Serum-therapy of plague in India - Number 20
Disease focus: Plague
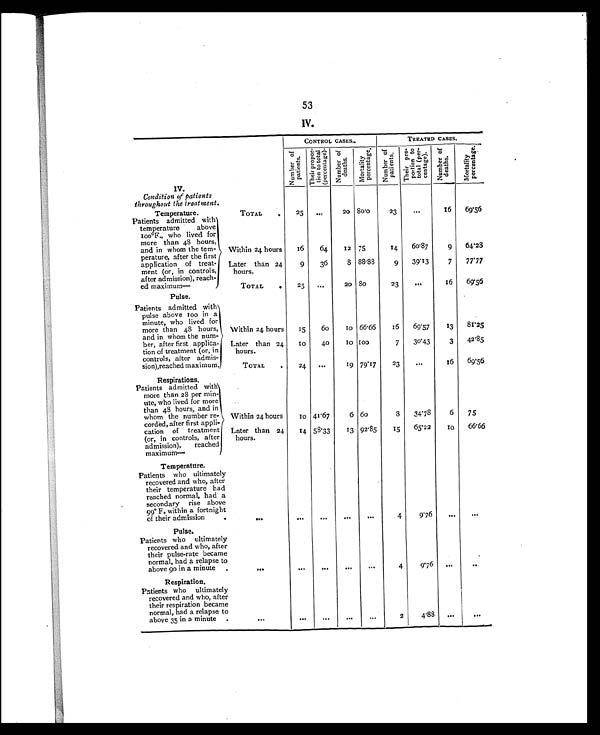
53
IV.
CONTROL CASES.
TREATED CASES.
N u m b e r o f
p a t i e n t s .
T h e i r p r o p o r -
t i o n t o t o t a l
( p e r c e n t a g e ) .
N u m b e r o f
d e a t h s .
M o r t a l i t y
p e r c e n t a g e .
N u m b e r o f
p a t i e n t s .
T h e i r p r o -
p o r t i o n t o
t o t a l ( p e r -
c e n t a g e ) .
N u m b e r o f
d e a t h s .
M o r t a l i t y
p e r c e n t a g e .
IV.
Condition of patients
throughout the treatment.
Temperature.
TOTAL
.
25 ...
20 80.0
23
. . .
16
69.56
Patients admitted with
temperature above
1 0 0°F . , w h o l i v e d f o r
more than 48 hours,
and in whom the tem-
perature, after the first
application of treat-
ment or, in controls,
after admission), reach-
ed maximum—
Within 24 hours
16
64
12 75
14
60.87
9
64.28
Later than 24
hours.
9
36
8 88.88
9
39.13
7
77.77
TOTAL
. 25
. . .
20
8 0
23
. . .
16
69.56
Pulse.
Patients admitted with
pulse above 100 in a
minute, who lived for
more than 48 hours,
and in whom the num-
ber, after first applica-
tion of treatment (or, in
controls, after admis-
sion),reached maximum.
Within 24 hours
15
60
1 0 66.66
16
69.57
13
81.25
Later than 24
hours.
10
40
1 0 100
7
30.43
3
42.85
TOTAL
.
24
. . .
19 79.17
23
. . .
16
69.56
Respirations.
Patients admitted with
more than 28 per min-
ute, who lived for more
than 48 hours, and in
whom the number re-
corded, after first appli-
cation of treatment
(or, in controls, after
admission), reached
maximum—
Within 24 hours
10 41.67
6 6 0
8
34.78
6
75
Later than 24
hours.
14 58.33
13 92.85
1 5 65.22
1 0 66.66
Temperature.
Patients who ultimately
recovered and who, after
their temperature had
reached normal, had a
secondary rise above
99° F. within a fortnight
of their admission
. . .
. . .
. . .
. . .
. . .
4
9.76
. . .
. . .
Pulse.
Patients who ultimately
recovered and who, after
their pulse-rate became
normal, had a relapse to
above 90 in a minute
. . .
. . .
. . .
. . .
...
4
9.76 ...
..
Respiration.
Patients who ultimately
recovered and who, after
their respiration became
normal, had a relapse to
above 35 in a minute
. . .
. . .
. . .
. . .
. . .
2
4.88
. . .
. . .